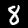
Label: 8